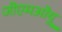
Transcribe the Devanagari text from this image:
जीएमओयू